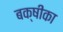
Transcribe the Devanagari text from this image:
बक्षीका